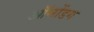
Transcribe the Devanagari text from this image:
ऑनोंडग